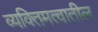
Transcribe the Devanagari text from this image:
व्यक्तिमत्वातील